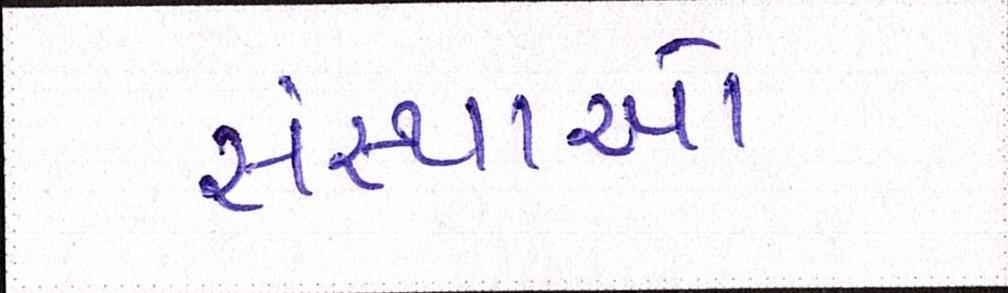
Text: સંસ્થાઓ